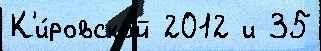
К'и́ровской 2012 и 35